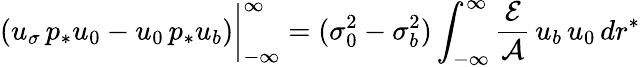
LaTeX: (u_{\sigma}\, p_{*}u_{0}-u_{0}\, p_{*}u_{b})\bigg|_{-\infty}^{\infty}=(\sigma_{0}^{2}-\sigma_{b}^{2})\int_{-\infty}^{\infty}\frac{{\cal E}}{{\cal A}}\, u_{b}\, u_{0}\, dr^{*}